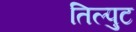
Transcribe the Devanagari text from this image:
तिल्पुट